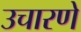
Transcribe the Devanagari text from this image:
उचारणे